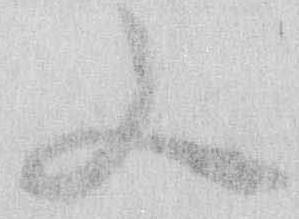
又